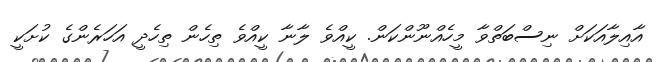
އާއިލާއަކަށް ނިސްބަތްވާ މީހެއްނޫންކަން. ކީއްވެ ލާނާ ކީއްވެ ތިހެން ތިހެދީ އަހަރެންގެ ކުށަކީ